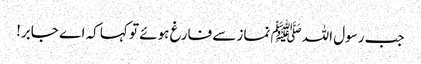
جب رسول اللہﷺ نماز سے فارغ ہوئے تو کہا کہ اے جابر!